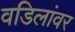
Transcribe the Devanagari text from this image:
वडिलांवर